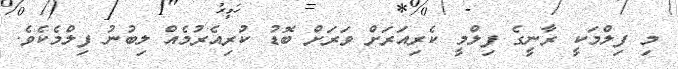
މި ފިލްމަކީ ރާނީގެ ފިލްމީ ކެރިއަރަށް ވަރަށް ބޮޑު ކުރިއެރުމެއް ލިބުނު ފިލްމެކެވެ.